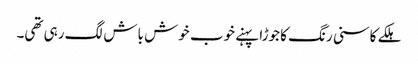
ہلکے کاسنی رنگ کا جوڑا پہنے خوب خوش باش لگ رہی تھی۔